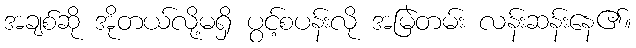
အချစ်ဆို အိုတယ်လို့မရှိ ပွင့်စပန်းလို အမြဲတမ်း လန်းဆန်းနေ၏။